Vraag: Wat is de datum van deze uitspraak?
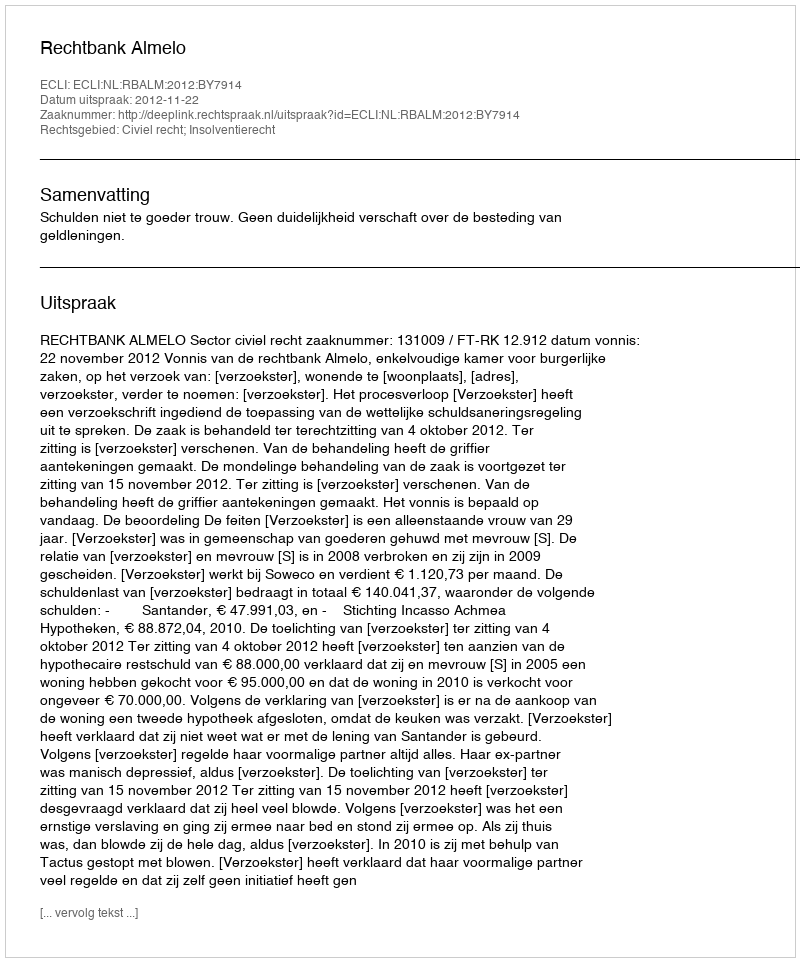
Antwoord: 2012-11-22